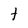
Character: t